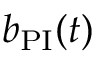
b _ { \mathrm { P I } } ( t )